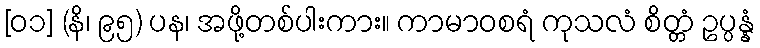
[၀၁] (နိ၊ ၉၅) ပန၊ အဖို့တစ်ပါးကား။ ကာမာဝစရံ ကုသလံ စိတ္တံ ဥပ္ပန္နံ